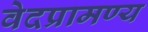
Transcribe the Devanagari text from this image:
वेदप्रामण्य